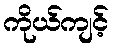
ကိုယ်ကျင့်